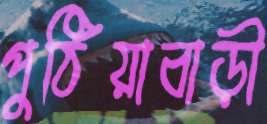
পুঠিয়াবাড়ী